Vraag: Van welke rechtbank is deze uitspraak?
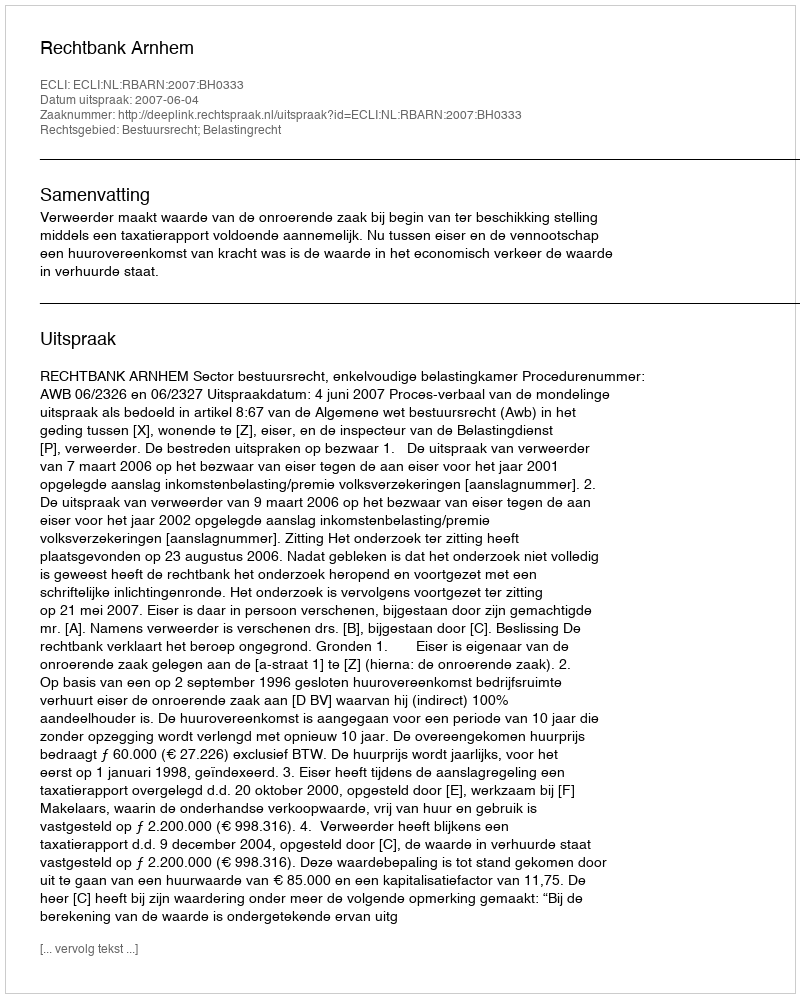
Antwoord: Rechtbank Arnhem